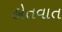
હોતવાત